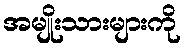
အမျိုးသားများကို